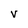
Character: V